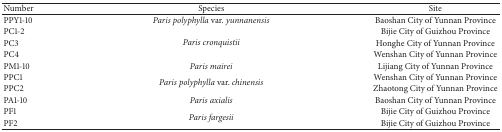
| Number | Species | Site |
 | --- | --- | --- |
 | PPY1-10 | Paris polyphylla var. yunnanensis | Baoshan City of Yunnan Province |
 | PC1-2 | <ROWSPAN=3> Paris cronquistii | Bijie City of Guizhou Province |
 | PC3 | Honghe City of Yunnan Province |
 | PC4 | Wenshan City of Yunnan Province |
 | PM1-10 | Paris mairei | Lijiang City of Yunnan Province |
 | PPC1 | <ROWSPAN=2> Paris polyphylla var. chinensis | Wenshan City of Yunnan Province |
 | PPC2 | Zhaotong City of Yunnan Province |
 | PA1-10 | Paris axialis | Baoshan City of Yunnan Province |
 | PF1 | <ROWSPAN=2> Paris fargesii | Bijie City of Guizhou Province |
 | PF2 | Bijie City of Guizhou Province |